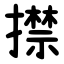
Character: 㩒